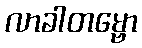
လာခါတမ္ဗော